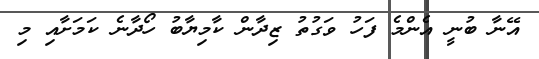
އޭނާ ބުނީ އެންމެ ފަހު ވަގުތު ޒިދާން ކާމިޔާބު ހޯދާނެ ކަމަށާއި މި